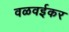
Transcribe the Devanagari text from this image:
वळवईकर